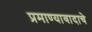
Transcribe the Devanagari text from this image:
प्रमाण्यावादाचे